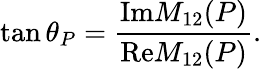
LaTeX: \tan{\theta}_{P}=\frac{\mathrm{{Im}}M_{12}(P)}{{\mathrm{Re}}M_{12}(P)}.